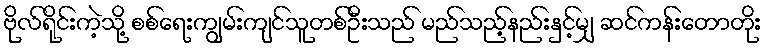
ဗိုလ်ရိုင်းကဲ့သို့ စစ်ရေးကျွမ်းကျင်သူတစ်ဦးသည် မည်သည့်နည်းနှင့်မျှ ဆင်ကန်းတောတိုး